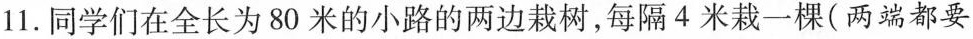
11.同学们在全长为80米的小路的两边栽树，每隔4米栽一棵(两端都要